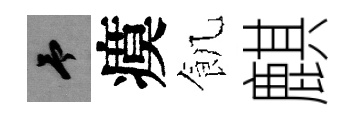
予瘼飢麒